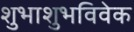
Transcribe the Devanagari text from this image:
शुभाशुभविवेक